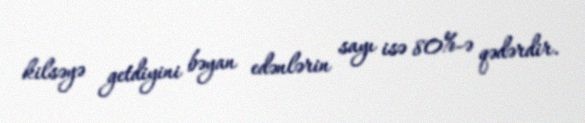
kilsəyə getdiyini bəyan edənlərin sayı isə 80%-ə qədərdir.